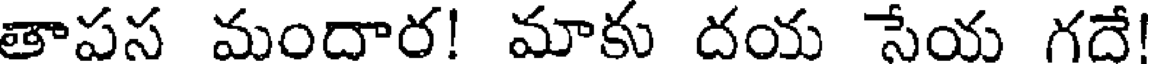
తాపస మందార! మాకు దయ సేయ గదే!